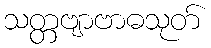
သတ္တဗျာဗာဓသုတ်